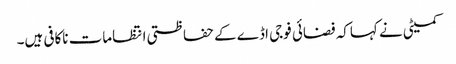
کمیٹی نے کہاکہ فضائی فوجی اڈے کے حفاظتی انتظامات ناکافی ہیں۔